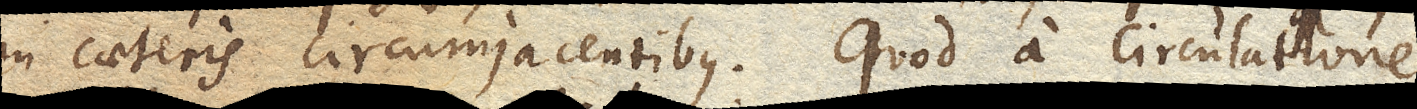
in caeteris circumjacentibus. Quod a circulatione